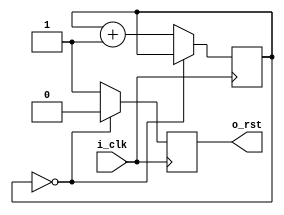
`timescale 1ns / 1ps
//////////////////////////////////////////////////////////////////////////////////
// Company: 
// Engineer: 
// 
// Design Name: 
// Module Name: rst_gen_module
// Project Name: 
// Target Devices: 
// Tool Versions: 
// Description: 
// 
// Dependencies: 
// 
// Revision:
// Revision 0.01 - File Created
// Additional Comments:
// 
//////////////////////////////////////////////////////////////////////////////////


module rst_gen_module#(
    parameter       P_RST_CYCLE     =   1   
)(
    input           i_clk                   ,
    output          o_rst                   
);

reg                 ro_rst=1                ;
reg  [7 :0]         r_cnt=0                 ;

assign              o_rst = ro_rst          ;

always@(posedge i_clk)
begin
    if(r_cnt == P_RST_CYCLE - 1 || P_RST_CYCLE == 0)
        r_cnt <= r_cnt;
    else 
        r_cnt <= r_cnt + 1;
end

always@(posedge i_clk)
begin
    if(r_cnt == P_RST_CYCLE - 1 || P_RST_CYCLE == 0)
        ro_rst <= 'd0;
    else 
        ro_rst <= 'd1;
end

endmodule